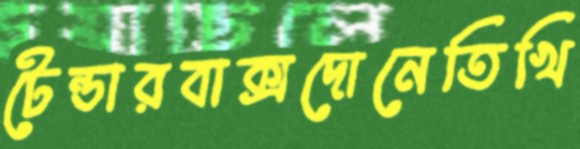
টেন্ডারবাক্সদোনেতিখি